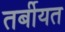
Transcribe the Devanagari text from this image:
तर्बीयत